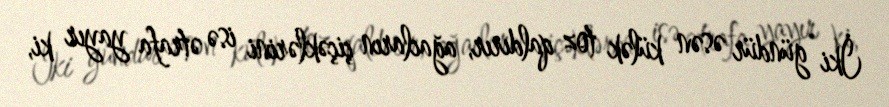
İki gündür əsən külək toz qaldırır, ağacların çiçəklərini isə ətrafa yayır ki,